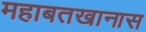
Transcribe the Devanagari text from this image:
महाबतखानास